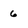
Character: 6